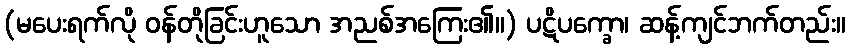
(မပေးရက်လို ဝန်တိုခြင်းဟူသော အညစ်အကြေး၏။) ပဋိပက္ခော၊ ဆန့်ကျင်ဘက်တည်း။